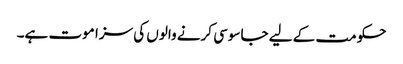
حکومت کے لیے جاسوسی کرنے والوں کی سزا موت ہے۔